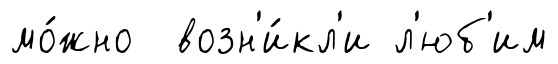
мо́жно возн'и́кл'и л'юб'им